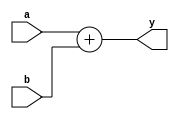
// This program was cloned from: https://github.com/the-pinbo/MIPS-5-Stage-Pipeline-Project
// License: MIT License

module M_PC_ADDER(input[31:0] a, b, output[31:0] y);
    assign y = a + b;
endmodule